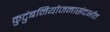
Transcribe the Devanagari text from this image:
कुटुंबनियोजनासंदर्भात